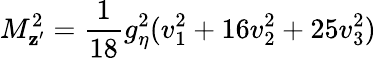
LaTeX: M_{\mathbf{z}^{\prime}}^{2}=\frac{{1}}{{18}}g_{\eta}^{2}(v_{1}^{2}+16v_{2}^{2}+25v_{3}^{2})